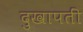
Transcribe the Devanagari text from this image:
दुखापतीं